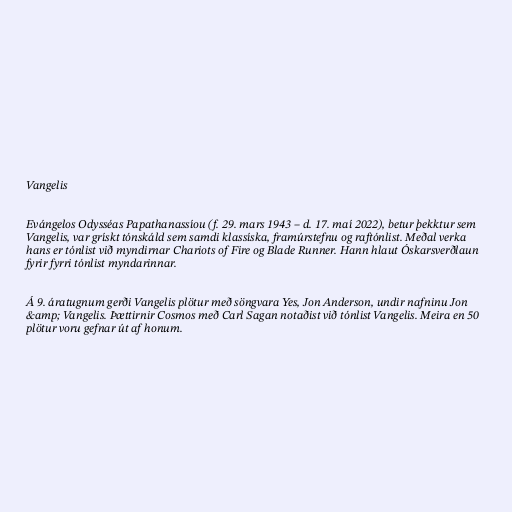
Vangelis

Evángelos Odysséas Papathanassíou (f. 29. mars 1943 – d. 17. maí 2022), betur þekktur sem
Vangelis, var grískt tónskáld sem samdi klassíska, framúrstefnu og raftónlist. Meðal verka
hans er tónlist við myndirnar Chariots of Fire og Blade Runner. Hann hlaut Óskarsverðlaun
fyrir fyrri tónlist myndarinnar.

Á 9. áratugnum gerði Vangelis plötur með söngvara Yes, Jon Anderson, undir nafninu Jon
&amp; Vangelis. Þættirnir Cosmos með Carl Sagan notaðist við tónlist Vangelis. Meira en 50
plötur voru gefnar út af honum.